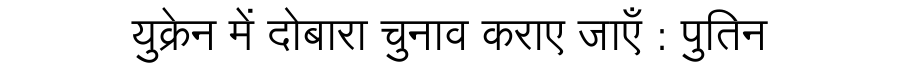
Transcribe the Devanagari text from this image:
युक्रेन में दोबारा चुनाव कराए जाएँ : पुतिन